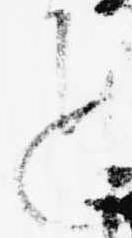
も